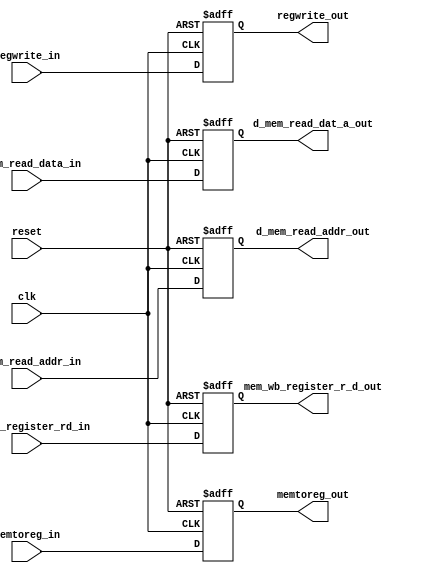
module mem_wb_stage_reg (regwrite_in, memtoreg_in, regwrite_out, memtoreg_out, d_mem_read_data_in, d_mem_read_addr_in, d_mem_read_dat_a_out, d_mem_read_addr_out, ex_mem_register_rd_in, mem_wb_register_r_d_out, clk, reset);
	// 1. wb control signal
	input regwrite_in, memtoreg_in;
	output regwrite_out, memtoreg_out;
	// 2. data content
	input [31:0] d_mem_read_data_in, d_mem_read_addr_in;
	output [31:0] d_mem_read_dat_a_out, d_mem_read_addr_out;
	input [4:0] ex_mem_register_rd_in;
	output [4:0] mem_wb_register_r_d_out;
	// general signal
	// reset: async; set all register content to 0
	input clk, reset;
	
	reg regwrite_out, memtoreg_out;
	reg [31:0] d_mem_read_dat_a_out, d_mem_read_addr_out;
	reg [4:0] mem_wb_register_r_d_out;
	
	always @(posedge clk or posedge reset)
	begin
		if (reset == 1'b1)
		begin
			regwrite_out <= 1'b0;
			memtoreg_out <= 1'b0;
			d_mem_read_dat_a_out <= 32'b0;
			d_mem_read_addr_out <= 32'b0;
			mem_wb_register_r_d_out <= 5'b0;
		end
		else begin
			regwrite_out <= regwrite_in;
			memtoreg_out <= memtoreg_in;
			d_mem_read_dat_a_out <= d_mem_read_data_in;
			d_mem_read_addr_out <= d_mem_read_addr_in;
			mem_wb_register_r_d_out <= ex_mem_register_rd_in;
		end
		
	end
	
endmodule